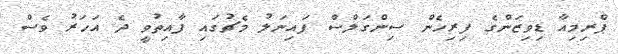
ޕްރިމިއާ ޑިވިޒަންގެ ފިރިހެން ސިންގަލްސް ފައިނަލު މެޗުގައި ފާއިތުވީ ދެ އަހަރު ވެސް